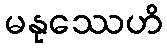
မနုဿေဟိ